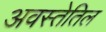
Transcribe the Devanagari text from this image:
अवस्तेतिल